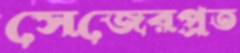
সেজেরপ্রত